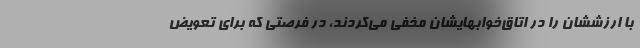
با ارزششان را در اتاق‌خوابهایشان مخفی می‌کردند، در فرصتی که برای تعویض